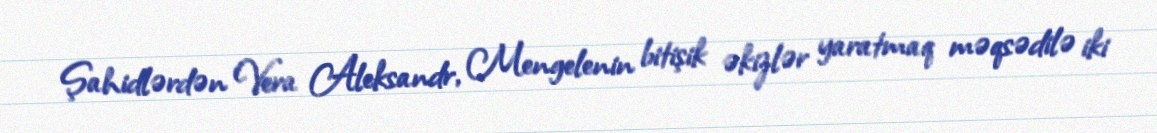
Şahidlərdən Vera Aleksandr, Mengelenin bitişik əkizlər yaratmaq məqsədilə iki